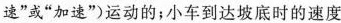
速”或”加速”)运动的；小车到达坡底时的速度